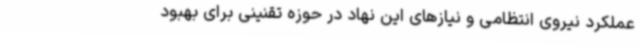
عملکرد نیروی انتظامی و نیازهای این نهاد در حوزه تقنینی برای بهبود